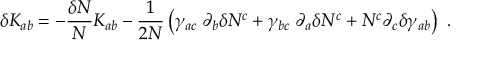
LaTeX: \delta K _ { a b } = - { \frac { \delta N } { N } } K _ { a b } - { \frac { 1 } { 2 N } } \left( \gamma _ { a c } \; \partial _ { b } \delta N ^ { c } + \gamma _ { b c } \; \partial _ { a } \delta N ^ { c } + N ^ { c } \partial _ { c } \delta \gamma _ { a b } \right) \ .